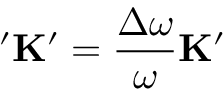
' \mathbf { K } ^ { \prime } = \frac { \Delta \omega } { \omega } \mathbf { K } ^ { \prime }